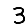
Digit: 3